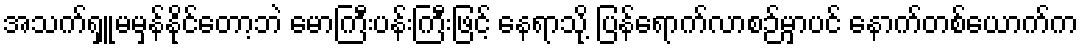
အသက်ရှူမမှန်နိုင်တော့ဘဲ မောကြီးပန်းကြီးဖြင့် နေရာသို့ ပြန်ရောက်လာစဉ်မှာပင် နောက်တစ်ယောက်က